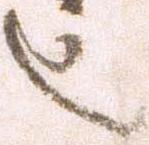
也